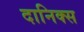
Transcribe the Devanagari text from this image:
दानिक्स